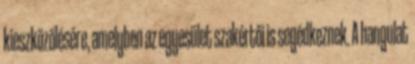
kieszközölésére, amelyben az egyesület szakértői is segédkeznek. A hangulat